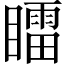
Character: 𥋸